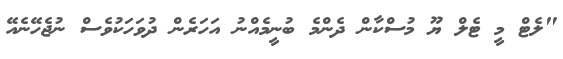
"ލެޓް މީ ޓެލް ޔޫ މުސްކާން ދެންމެ ބުނީމެއްނު އަހަރެން ދުވަހަކުވެސް ނުޖެހޭނެއޭ